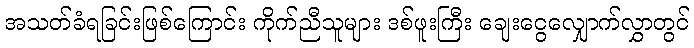
အသတ်ခံရခြင်းဖြစ်ကြောင်း ကိုက်ညီသူများ ဒစ်ဖူးကြီး ချေးငွေလျှောက်လွှာတွင်